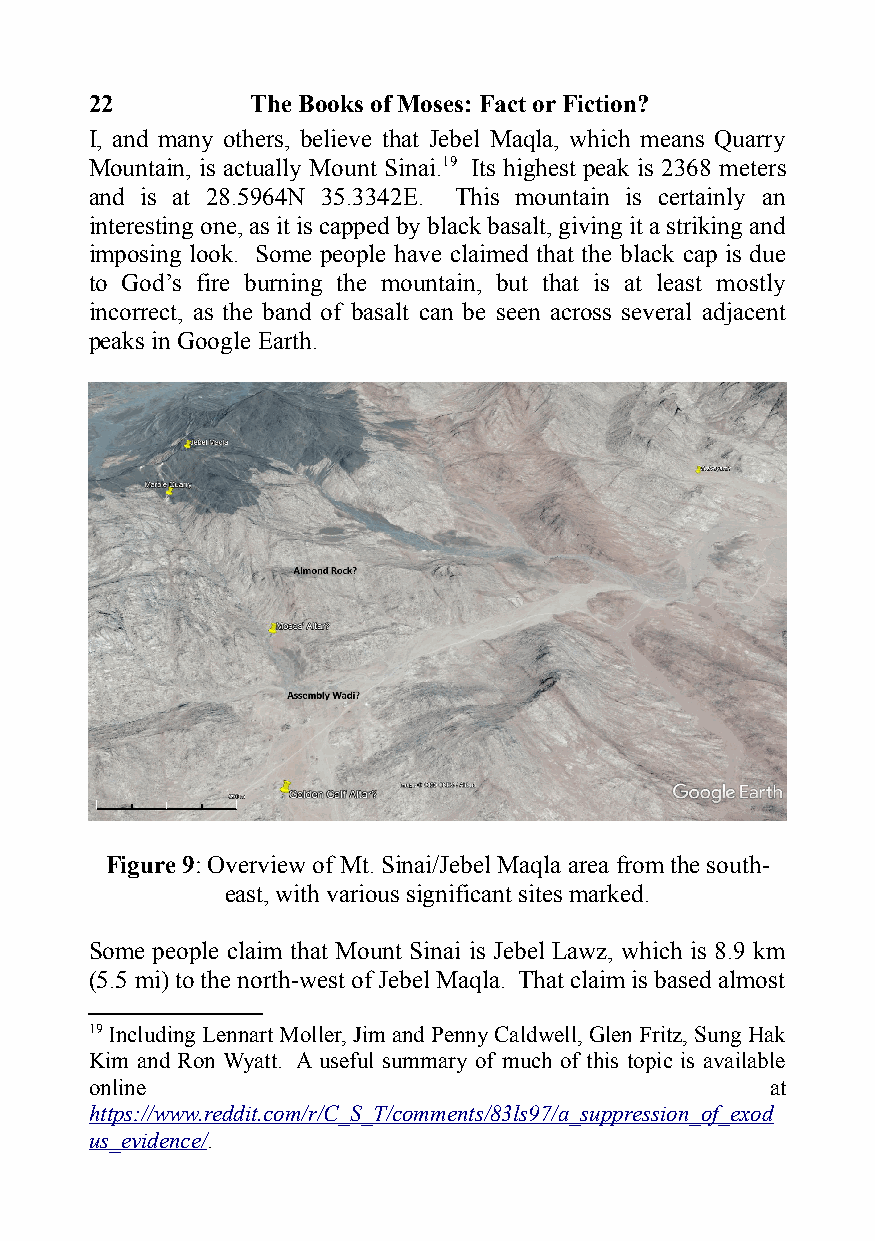
22         The Books of Moses: Fact or Fiction?
 I, and many others, believe that Jebel Maqla, which means Quarry
 Mountain, is actually Mount Sinai.19 Its highest peak is 2368 meters
 and is at 28.5964N 35.3342E. This mountain is certainly an
 interesting one, as it is capped by black basalt, giving it a striking and
 imposing look. Some people have claimed that the black cap is due
 to God’s fire burning the mountain, but that is at least mostly
 incorrect, as the band of basalt can be seen across several adjacent
 peaks in Google Earth.
 Figure 9: Overview of Mt. Sinai/Jebel Maqla area from the south-
 east, with various significant sites marked.
 Some people claim that Mount Sinai is Jebel Lawz, which is 8.9 km
 (5.5 mi) to the north-west of Jebel Maqla. That claim is based almost
 19 Including Lennart Moller, Jim and Penny Caldwell, Glen Fritz, Sung Hak
 Kim and Ron Wyatt. A useful summary of much of this topic is available
 online                                       at
 https://www.reddit.com/r/C_S_T/comments/83ls97/a_suppression_of_exod
 us_evidence/.